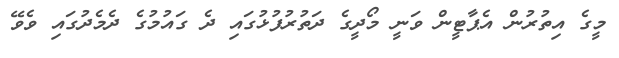
މީގެ އިތުރުން އެޕާޓީން ވަނީ މޯދީގެ ދަތުރުފުޅުގައި ދެ ގައުމުގެ ދެެމެދުގައި ވެވޭ